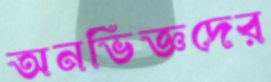
অনভিজ্ঞদের